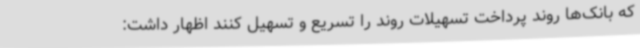
که بانک‌ها روند پرداخت تسهیلات روند را تسریع و تسهیل کنند اظهار داشت: